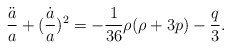
\begin{align*}\frac{\ddot a}{a}+(\frac{\dot a}{a})^2=-\frac{1}{36}\rho (\rho+3p) -\frac{q}{3}.\end{align*}